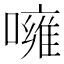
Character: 噰